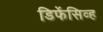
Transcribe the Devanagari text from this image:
डिफेंसिव्ह